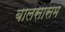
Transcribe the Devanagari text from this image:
बालसासम